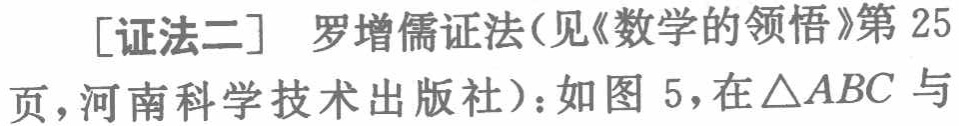
[证法二] 罗增儒证法(见《数学的领悟》第 25

页，河南科学技术出版社)：如图 5，在$\triangle ABC$与